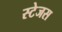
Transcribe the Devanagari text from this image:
स्टेजस